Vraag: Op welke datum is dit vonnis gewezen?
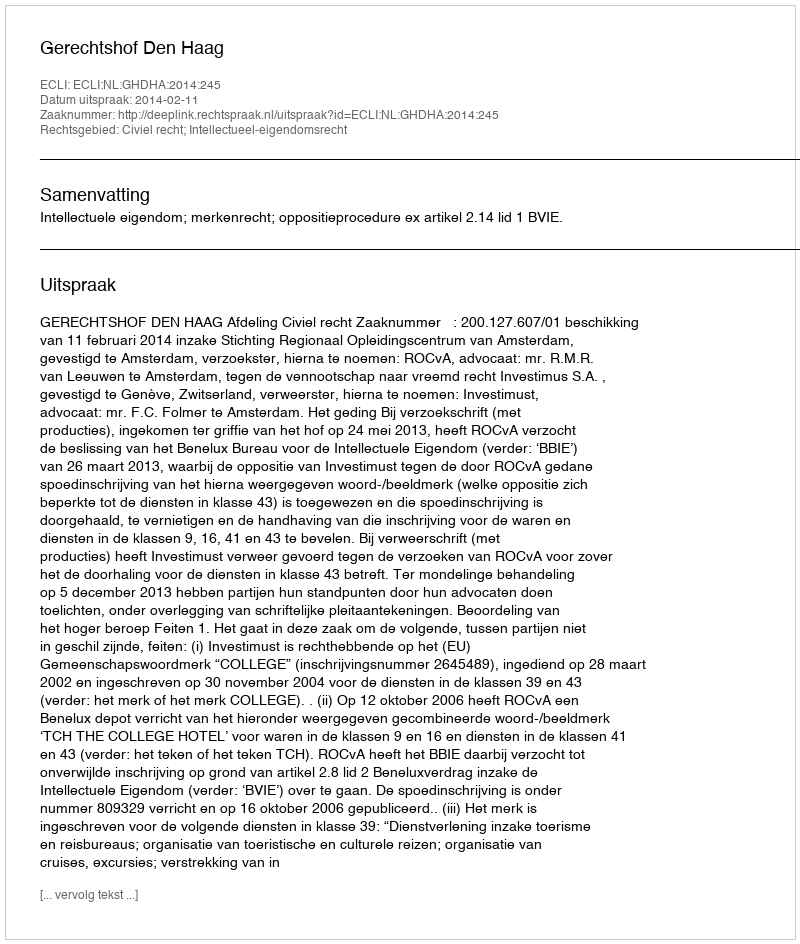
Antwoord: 2014-02-11